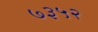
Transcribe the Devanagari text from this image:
७३५२